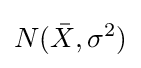
N({\bar {X}},\sigma ^{2})